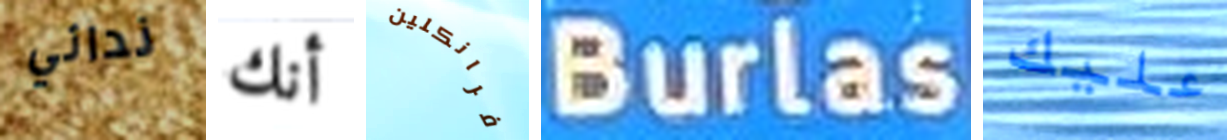
ندائي أنك فرانكلين Burlas عليك